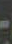
-